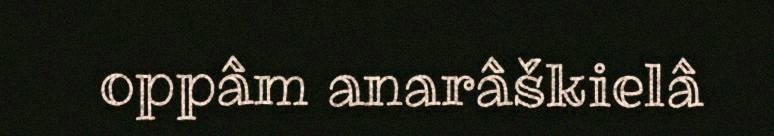
oppâm anarâškielâ